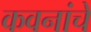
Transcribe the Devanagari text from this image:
कवनांचे